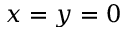
x = y = 0